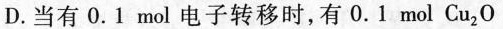
D. 当有0.1 \mathrm{~mol}电子转移时，有0.1 \mathrm{~mol} \mathrm{Cu}_{2} \mathrm{O}